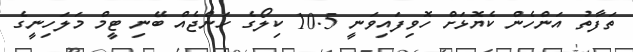
ތަފާތު އަންހެން ކެޔޮޅަށް ހޮވިފައިވަނީ 10.5 ކިލޯގެ ހަންޖެއް ބޭނި ޓީމް މަލަހިނީގެ